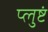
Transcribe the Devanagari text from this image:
प्लुष्टं